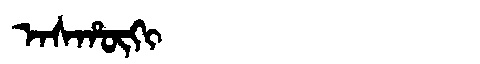
Manchu: ᠠᠰᡥᡡᡴᡳ
Romanization: ASHŪKI